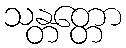
သန္တတ္တော